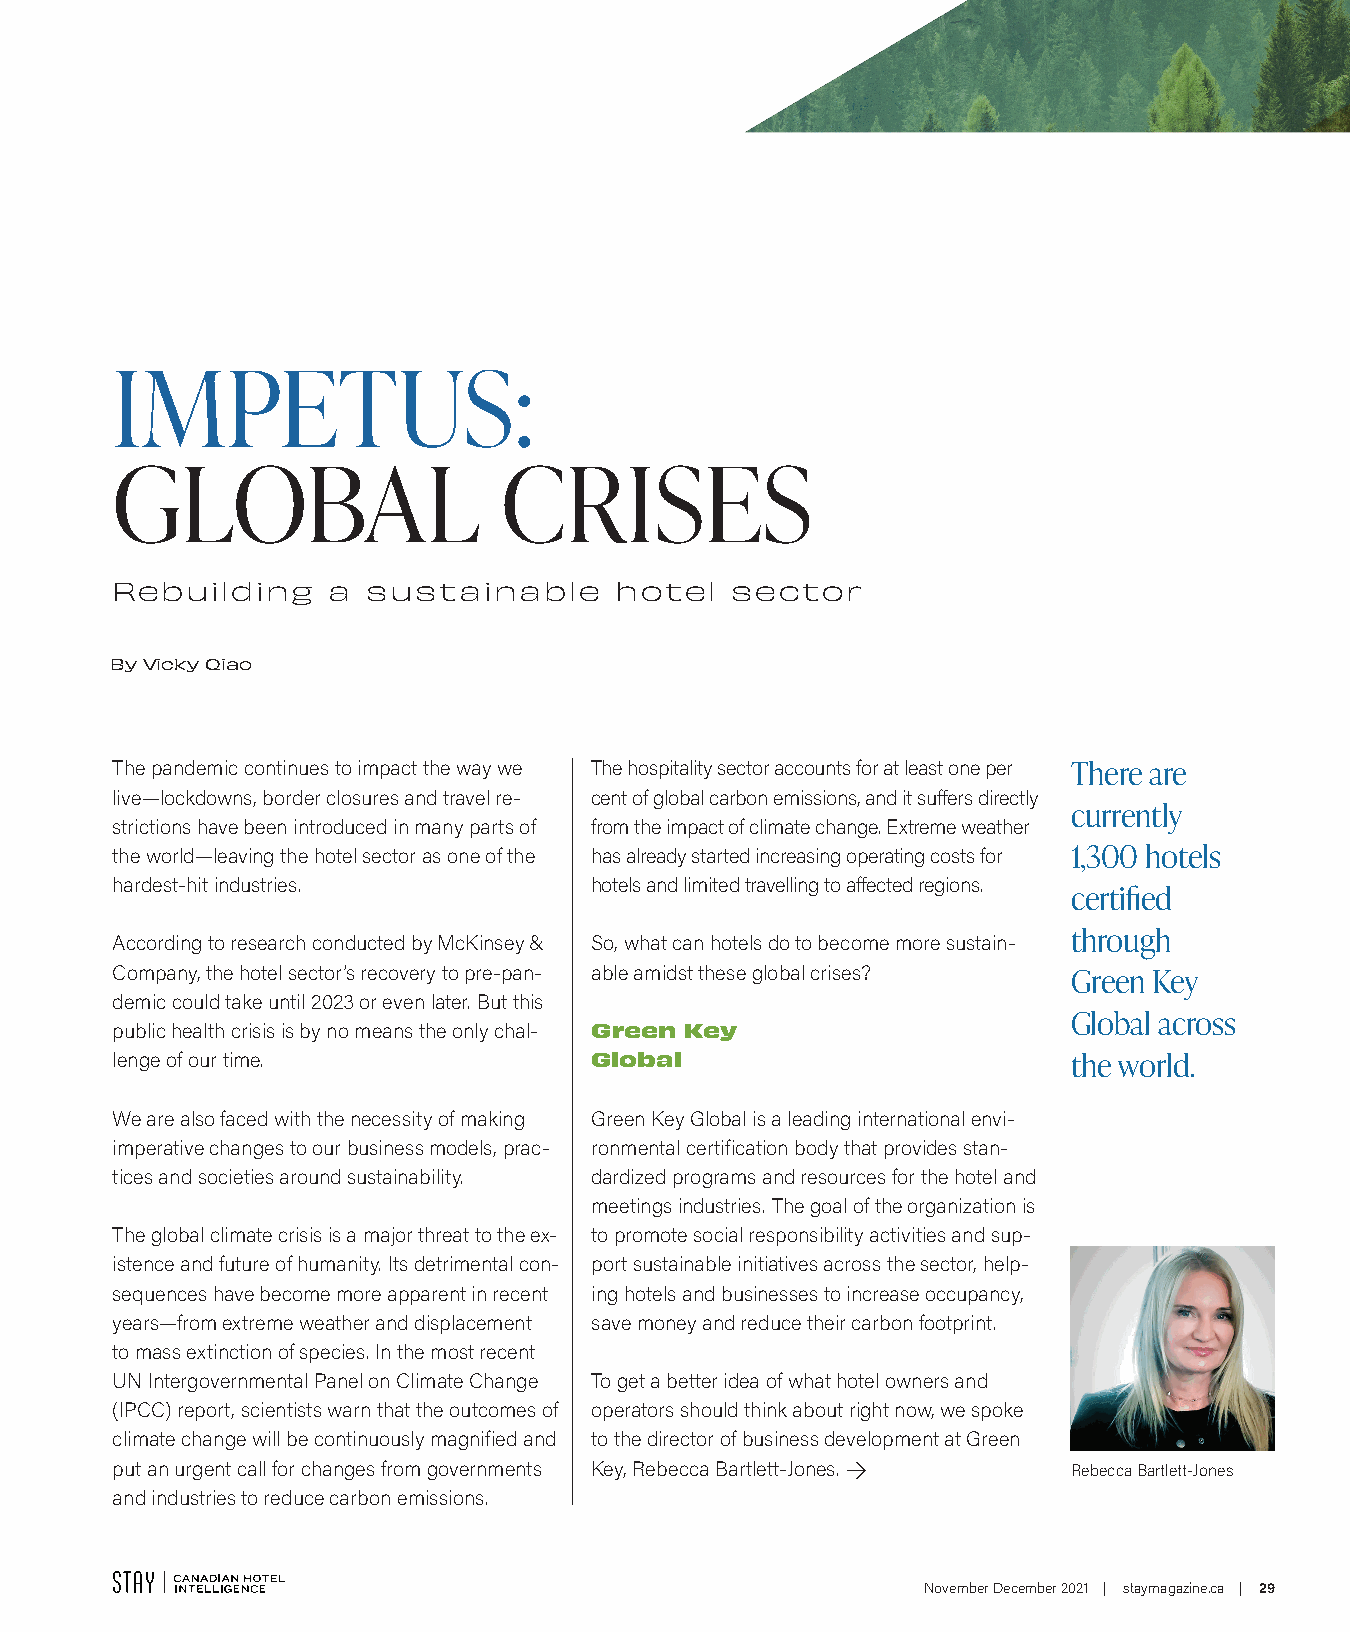
IMPETUS:
 GLOBAL                    CRISES
 Rebuilding     a sustainable      hotel  sector
 By Vicky Qiao
 The pandemic continues to impact the way we The hospitality sector accounts for at least one per There are
 live—lockdowns, border closures and travel re- cent of global carbon emissions, and it suff ers directly
 currently
 strictions have been introduced in many parts of from the impact of climate change. Extreme weather
 the world—leaving the hotel sector as one of the has already started increasing operating costs for 1,300 hotels
 hardest-hit industries.         hotels and limited travelling to aff ected regions.
 certifi ed
 through
 According to research conducted by McKinsey & So, what can hotels do to become more sustain-
 Company, the hotel sector’s recovery to pre-pan- able amidst these global crises? Green Key
 demic could take until 2023 or even later. But this
 Global across
 public health crisis is by no means the only chal- Green Key
 lenge of our time.              Global                          the world.
 We are also faced with the necessity of making Green Key Global is a leading international envi-
 imperative changes to our business models, prac- ronmental certification body that provides stan-
 tices and societies around sustainability. dardized programs and resources for the hotel and
 meetings industries. The goal of the organization is
 The global climate crisis is a major threat to the ex- to promote social responsibility activities and sup-
 istence and future of humanity. Its detrimental con- port sustainable initiatives across the sector, help-
 sequences have become more apparent in recent ing hotels and businesses to increase occupancy,
 years—from extreme weather and displacement save money and reduce their carbon footprint.
 to mass extinction of species. In the most recent
 UN Intergovernmental Panel on Climate Change To get a better idea of what hotel owners and
 (IPCC) report, scientists warn that the outcomes of operators should think about right now, we spoke
 climate change will be continuously magnified and to the director of business development at Green
 put an urgent call for changes from governments Key, Rebecca Bartlett-Jones. > Rebecca Bartlett-Jones
 and industries to reduce carbon emissions.
 November December 2021 | staymagazine.ca | 29